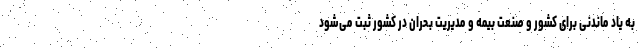
به یاد ماندنی برای کشور و صنعت بیمه و مدیریت بحران در کشور ثبت می‌شود